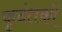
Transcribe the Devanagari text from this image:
कृदंतकों